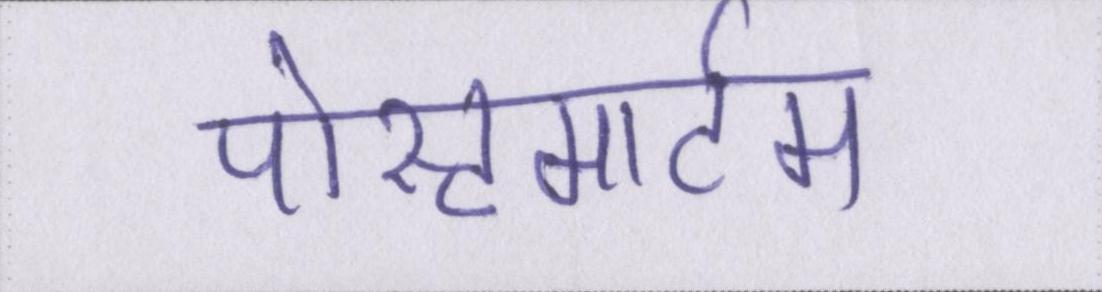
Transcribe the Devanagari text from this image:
पोस्टमार्टम